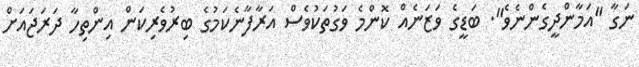
ނަގާ "އަމާންދީގެންނެވެ". ބަޑީގެ ވަޒަނެއް ކޮންމެ ވަގުތަކުވެސް އަރާފާނެކަމުގެ ބިރުވެރިކަން އިންތިހާ ދަރަޖައަށް